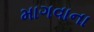
માગવાના